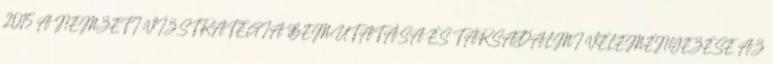
2015 A NEMZETI VÍZSTRATÉGIA BEMUTATÁSA ÉS TÁRSADALMI VÉLEMÉNYEZÉSE AZ